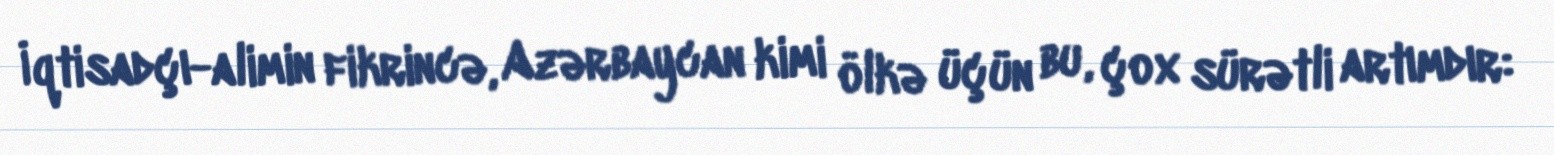
İqtisadçı-alimin fikrincə, Azərbaycan kimi ölkə üçün bu, çox sürətli artımdır: